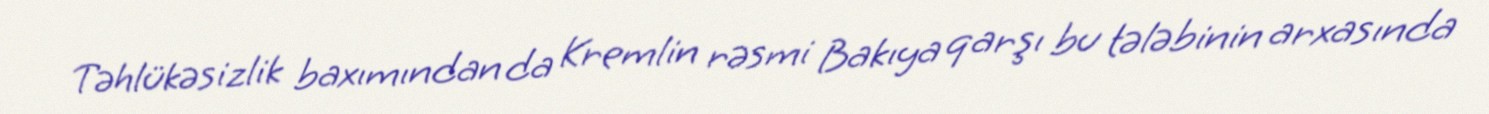
Təhlükəsizlik baxımından da Kremlin rəsmi Bakıya qarşı bu tələbinin arxasında